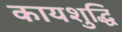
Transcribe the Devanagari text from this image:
कायशुद्धि